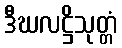
ဒီဃလဋ္ဌိသုတ္တံ